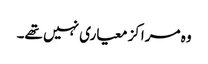
وہ مراکز معیاری نہیں تھے۔